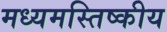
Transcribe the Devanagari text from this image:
मध्यमस्तिष्कीय